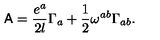
{ \sf A } = \frac { e ^ { a } } { 2 l } \Gamma _ { a } + \frac { 1 } { 2 } \omega ^ { a b } \Gamma _ { a b } .